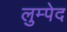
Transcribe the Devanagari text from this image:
लुम्पेद